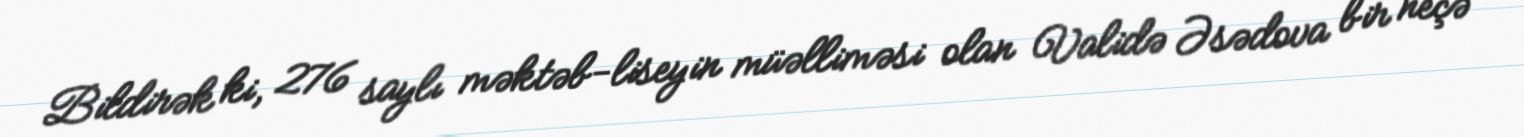
Bildirək ki, 276 saylı məktəb-liseyin müəlliməsi olan Validə Əsədova bir neçə